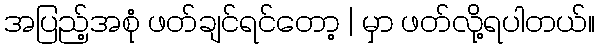
အပြည့်အစုံ ဖတ်ချင်ရင်တော့ | မှာ ဖတ်လို့ရပါတယ်။